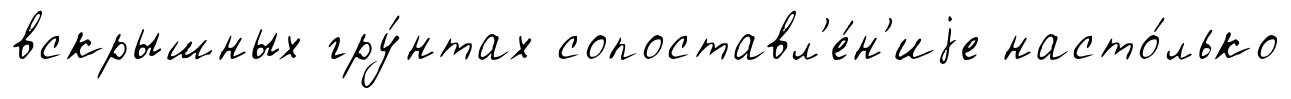
вскрышных гру́нтах сопоставл'е́н'иjе насто́лько